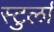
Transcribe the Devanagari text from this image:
स्टुर्ला